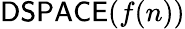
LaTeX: {\mathsf{DSPACE}}(f(n))